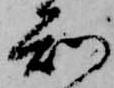
知